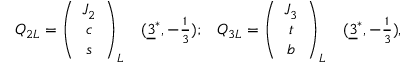
\begin{array} { c c c c } { { Q _ { 2 L } = \left( \begin{array} { c } { { J _ { 2 } } } \\ { { c } } \\ { { s } } \end{array} \right) _ { L } } } & { { ( \underline { { { 3 } } } ^ { * } , - \frac { 1 } { 3 } ) ; } } & { { Q _ { 3 L } = \left( \begin{array} { c } { { J _ { 3 } } } \\ { { t } } \\ { { b } } \end{array} \right) _ { L } } } & { { ( \underline { { { 3 } } } ^ { * } , - \frac { 1 } { 3 } ) , } } \end{array}